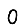
Digit: 0